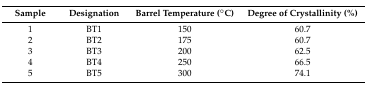
<table><thead><tr><td><b>Sample</b></td><td><b>Designation</b></td><td><b>Barrel Temperature (°C)</b></td><td><b>Degree of Crystallinity (%)</b></td></tr></thead><tbody><tr><td>1</td><td>BT1</td><td>150</td><td>60.7</td></tr><tr><td>2</td><td>BT2</td><td>175</td><td>60.7</td></tr><tr><td>3</td><td>BT3</td><td>200</td><td>62.5</td></tr><tr><td>4</td><td>BT4</td><td>250</td><td>66.5</td></tr><tr><td>5</td><td>BT5</td><td>300</td><td>74.1</td></tr></tbody></table>